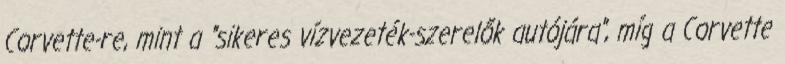
Corvette-re, mint a "sikeres vízvezeték-szerelők autójára", míg a Corvette